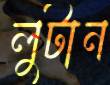
লুটান